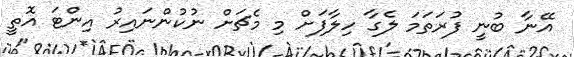
އޭނާ ބުނީ ފުރަތަމަ ލެގާ ހިލާފަށް މި މެޗަށް ނުކުންނައިރު އިންޓަ އޮތީ